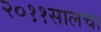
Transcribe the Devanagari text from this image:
२०११सालचा